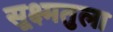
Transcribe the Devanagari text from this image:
सूक्ष्मतुला